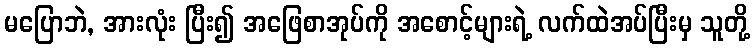
မပြောဘဲ, အားလုံး ပြီး၍ အဖြေစာအုပ်ကို အစောင့်များရဲ့ လက်ထဲအပ်ပြီးမှ သူတို့